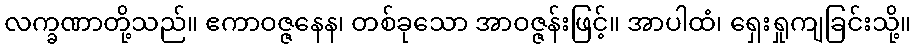
လက္ခဏာတို့သည်။ ဧကာဝဇ္ဇနေန၊ တစ်ခုသော အာဝဇ္ဇန်းဖြင့်။ အာပါထံ၊ ရှေးရှုကျခြင်းသို့။